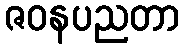
ဇဝနပညတာ